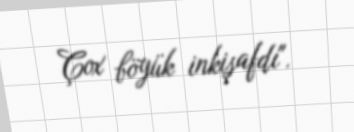
Çox böyük inkişafdı".